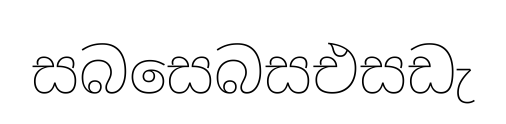
සබසෙබසඑසඩැ